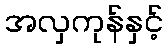
အလှကုန်နှင့်